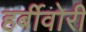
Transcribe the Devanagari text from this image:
हर्बीवोरी